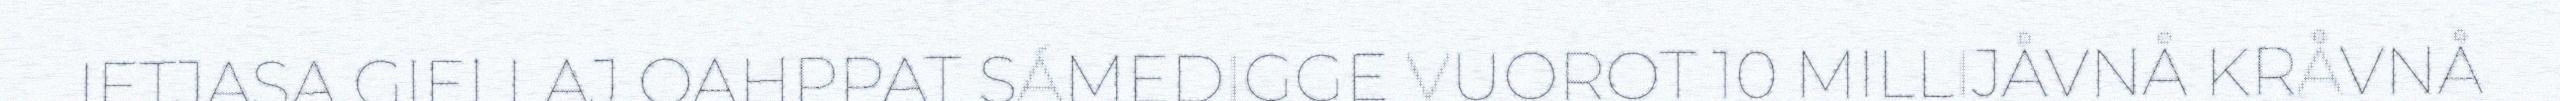
IETJASA GIELLAJ OAHPPAT SÁMEDIGGE VUOROT 10 MILLIJÅVNÅ KRÅVNÅ